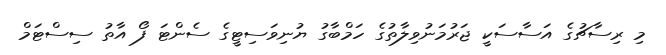
މި ރިސާޗުގެ އަސާސަކީ ޖަރުމަނުވިލާތުގެ ހަމްބާގު ޔުނިވަސިޓީގެ ސެންޓަ ފޯ އާތު ސިސްޓަމް